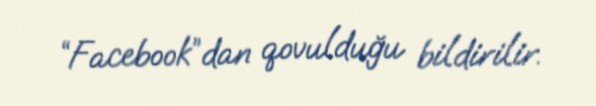
“Facebook”dan qovulduğu bildirilir.